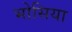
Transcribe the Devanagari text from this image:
भोसिया